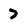
Character: 7